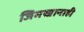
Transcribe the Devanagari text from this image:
जिमखानाही